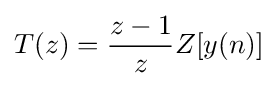
T(z)={\dfrac {z-1}{z}}Z[y(n)]